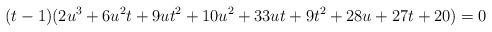
LaTeX: \begin{align*}& (t-1)(2u^3+6u^2t+9ut^2+10u^2+33ut+9t^2+28u+27t+20)=0\end{align*}